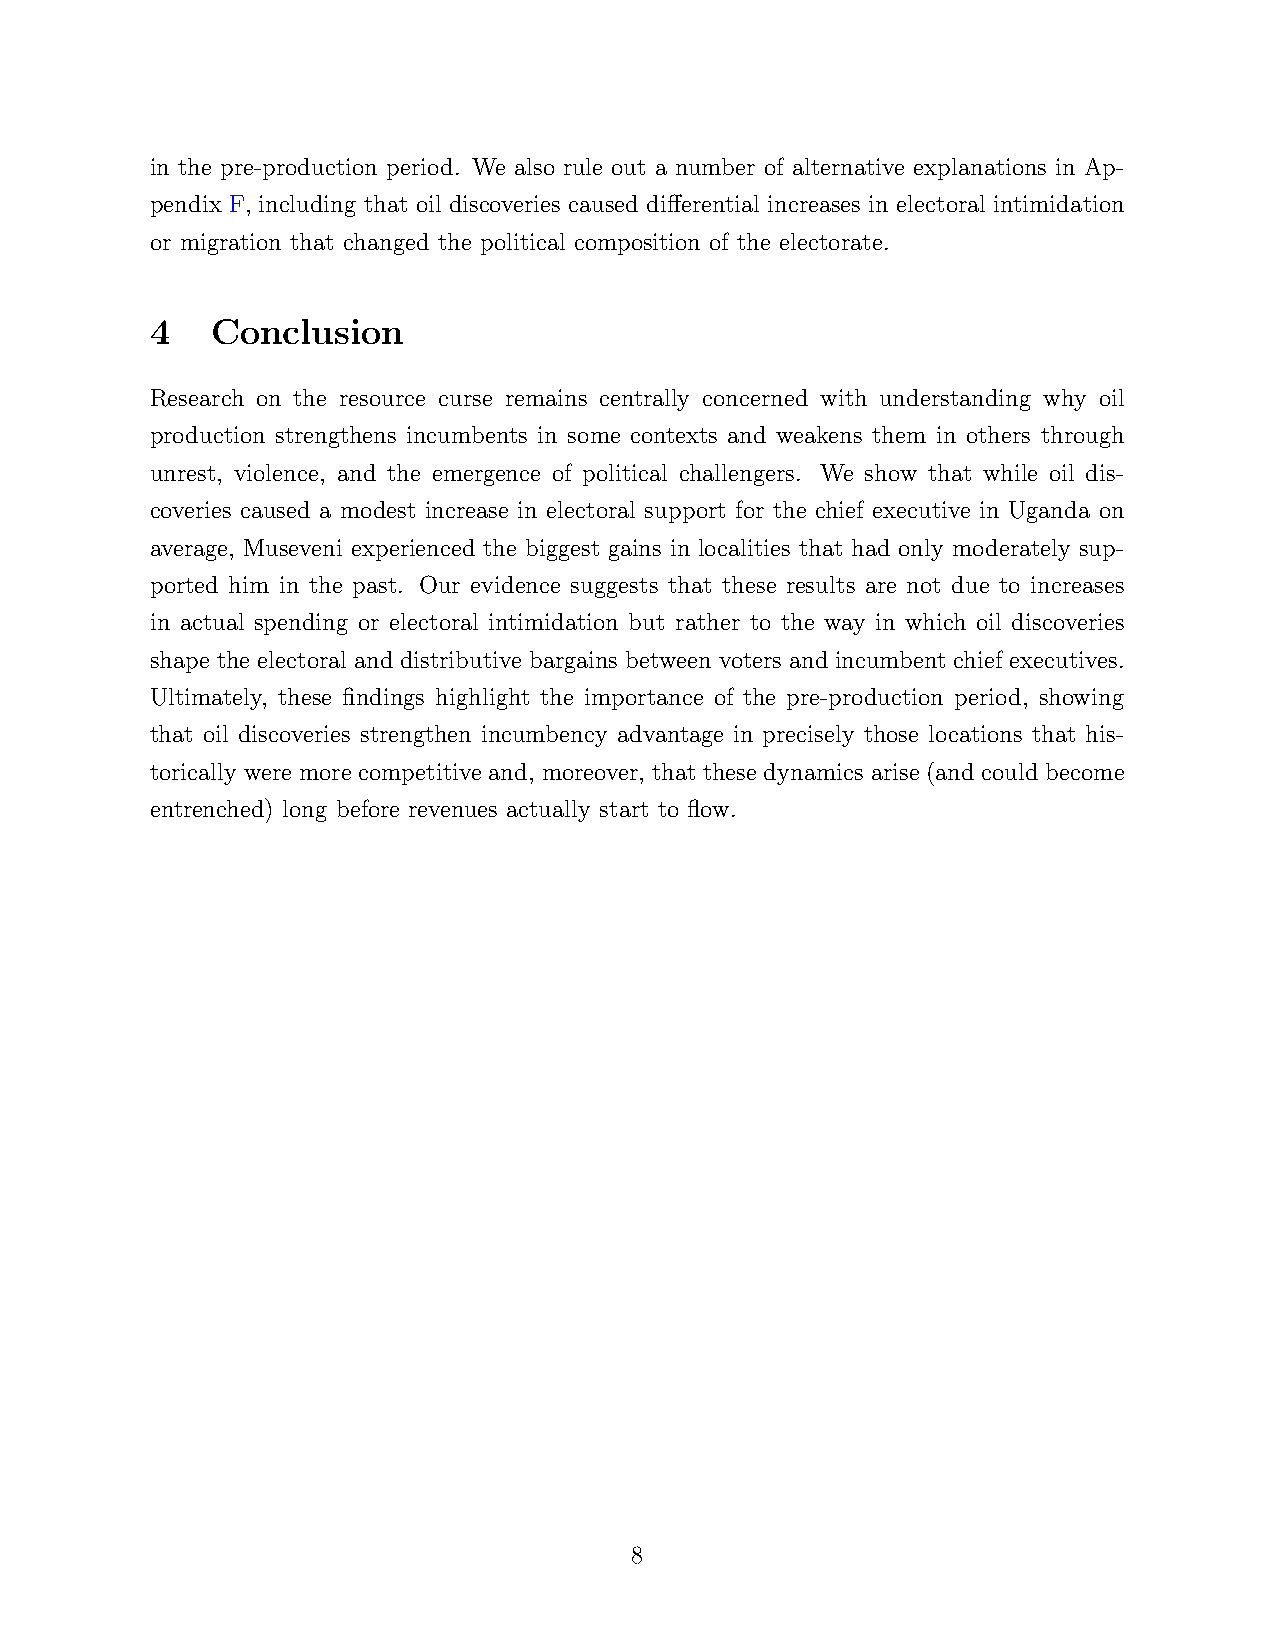
in the pre-production period. We also rule out a number of alternative explanations in Ap-
 pendix F, including that oil discoveries caused differential increases in electoral intimidation
 or migration that changed the political composition of the electorate.
 4   Conclusion
 Research on the resource curse remains centrally concerned with understanding why oil
 production strengthens incumbents in some contexts and weakens them in others through
 unrest, violence, and the emergence of political challengers. We show that while oil dis-
 coveries caused a modest increase in electoral support for the chief executive in Uganda on
 average, Museveni experienced the biggest gains in localities that had only moderately sup-
 ported him in the past. Our evidence suggests that these results are not due to increases
 in actual spending or electoral intimidation but rather to the way in which oil discoveries
 shape the electoral and distributive bargains between voters and incumbent chief executives.
 Ultimately, these findings highlight the importance of the pre-production period, showing
 that oil discoveries strengthen incumbency advantage in precisely those locations that his-
 torically were more competitive and, moreover, that these dynamics arise (and could become
 entrenched) long before revenues actually start to flow.
 8